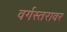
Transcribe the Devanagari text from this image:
वर्गस्तरावर